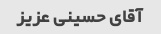
آقای حسینی عزیز